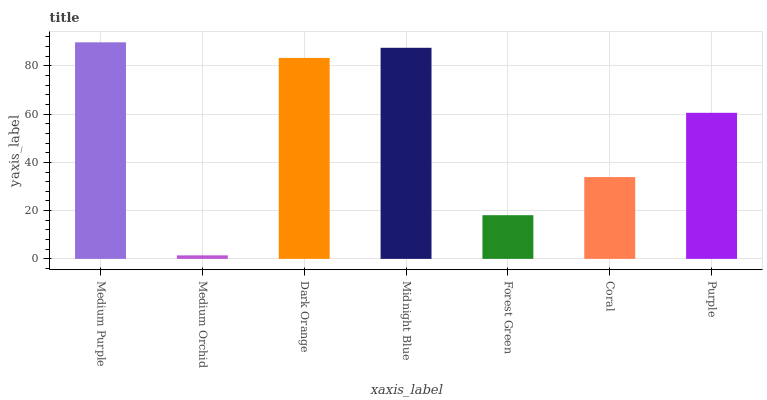
| xaxis_label | bars |
 | --- | --- |
 | Medium Purple | 89.8 |
 | Medium Orchid | 1.46 |
 | Dark Orange | 83.3 |
 | Midnight Blue | 87.5 |
 | Forest Green | 18.1 |
 | Coral | 33.9 |
 | Purple | 60.6 |